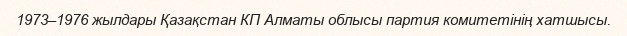
1973–1976 жылдары Қазақстан КП Алматы облысы партия комитетінің хатшысы.